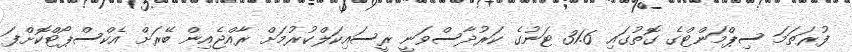
ފުރަތަމަ ސިޕްމަންޓްގެ ގޮތުގައި 31.6 ޓަނުގެ ކަރުދާސްވަނީ ރީސައިކަލްކުރުމަށް ރާއްޖެއިން ބޭރަށް އެކްސްޕޯޓްކޮށްފަ